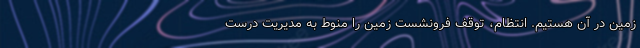
زمین در آن هستیم. انتظام، توقف فرونشست زمین را منوط به مدیریت درست